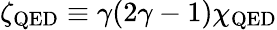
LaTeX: \zeta_{\mathrm{QED}}\equiv\gamma(2\gamma-1)\chi_{\mathrm{QED}}